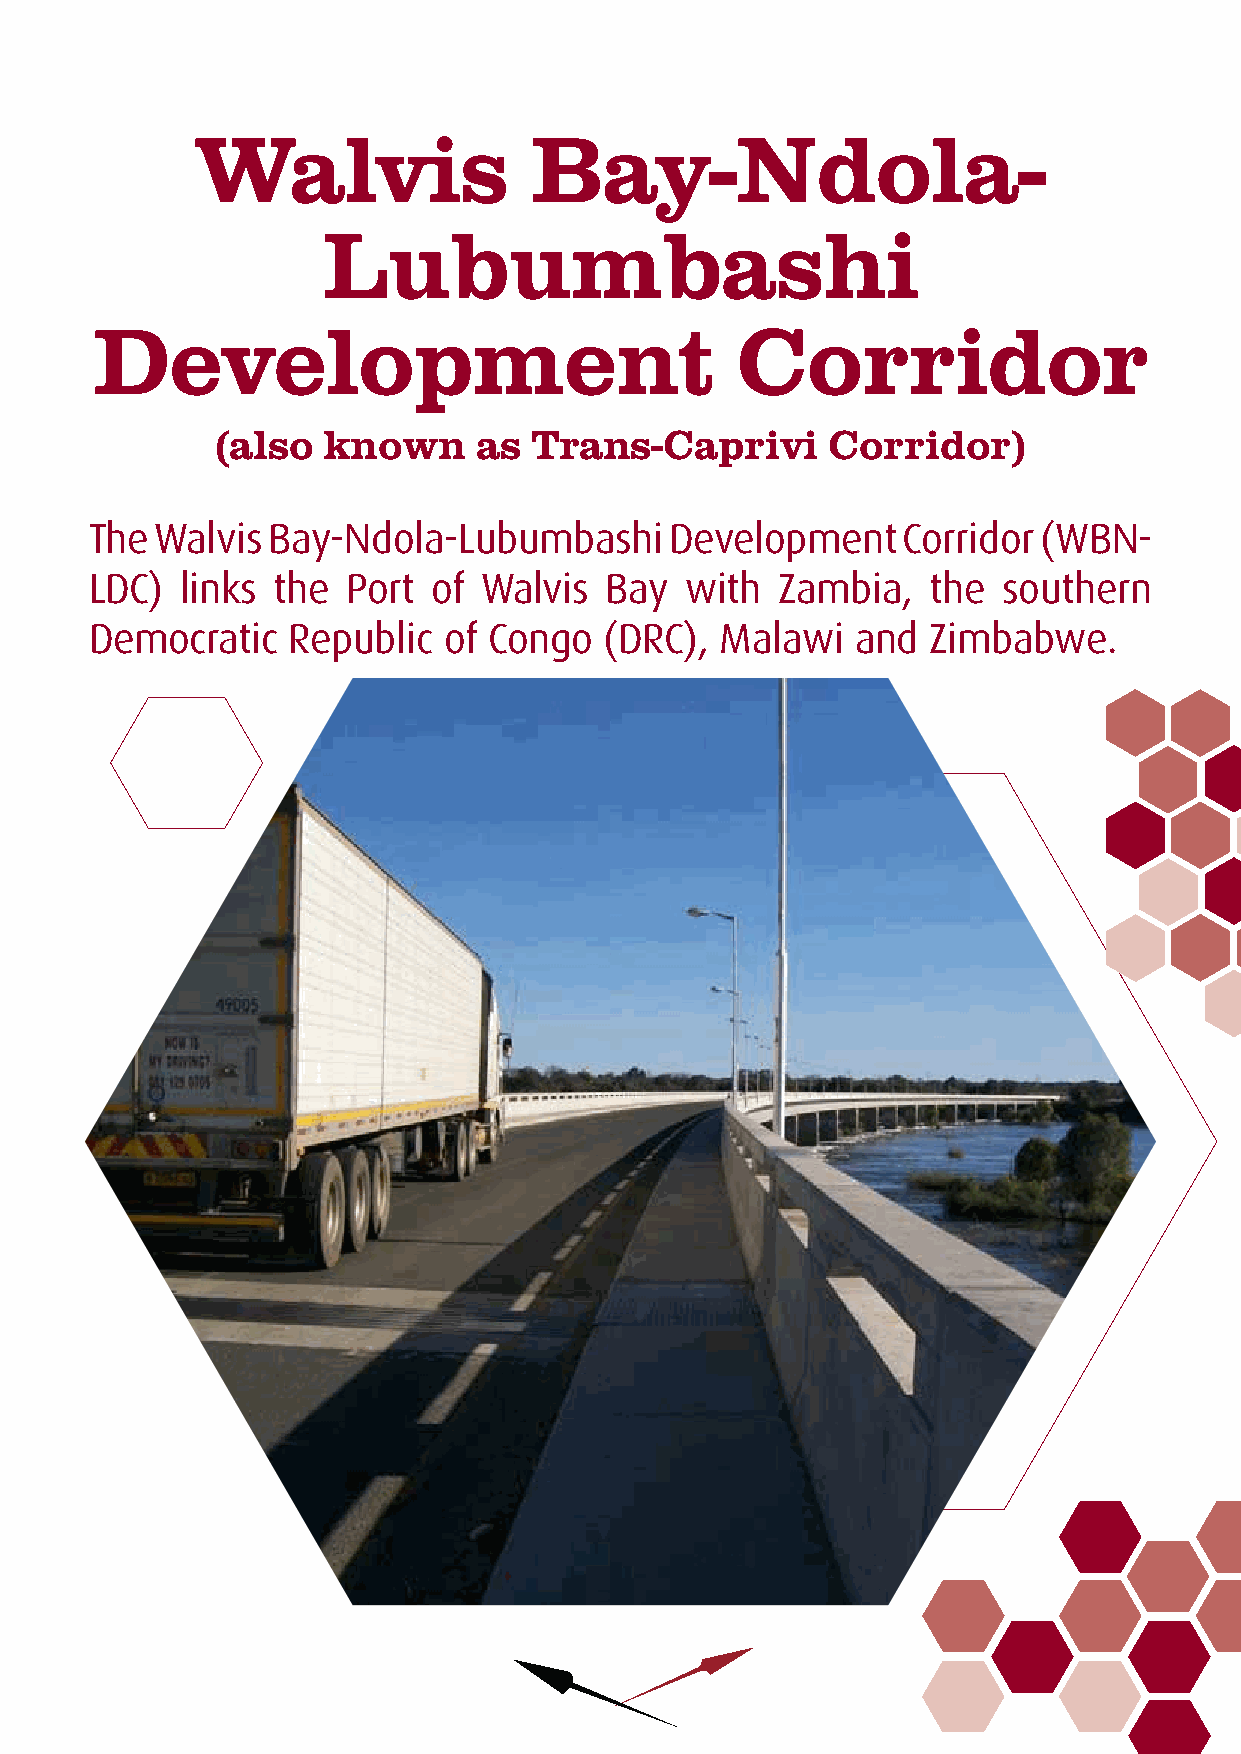
Walvis                Bay-Ndola-
 Lubumbashi
 Development                                Corridor
 (also  known     as  Trans-Caprivi       Corridor)
 The Walvis  Bay-Ndola-Lubumbashi      Development     Corridor (WBN-
 LDC)  links the  Port  of Walvis  Bay  with   Zambia,  the  southern
 Democratic   Republic  of Congo   (DRC),  Malawi   and  Zimbabwe.